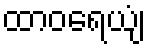
ထာဝရေယျံ